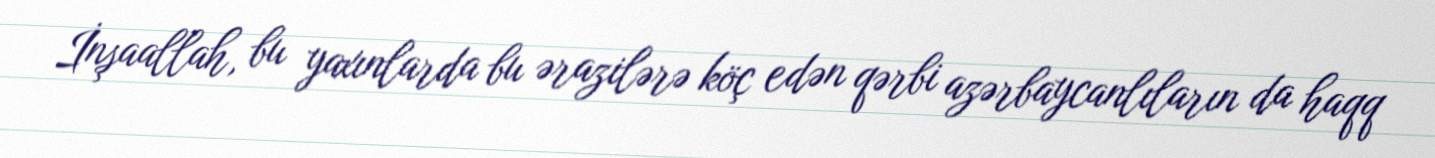
İnşaallah, bu yaxınlarda bu ərazilərə köç edən qərbi azərbaycanlıların da haqq